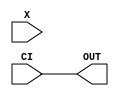
module ultra_slice_carry_cimux #(
	parameter SEL = "CI"
) (
	input CI, X,
	output OUT
);
	generate
		case(SEL)
			"CI": assign OUT = CI;
			"0":  assign OUT = 1'b0;
			"1":  assign OUT = 1'b1;
			"X":  assign OUT = X;
		endcase
	endgenerate
endmodule